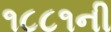
૧૮૮૧ની